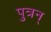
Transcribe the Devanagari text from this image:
पुत्रन्